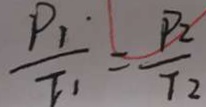
\frac { P _ { 1 } } { T _ { 1 } } = \frac { P _ { 2 } } { T _ { 2 } }